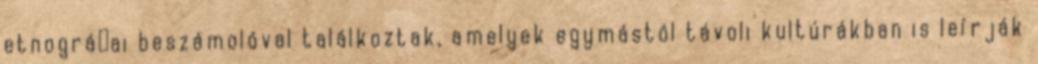
etnográﬁai beszámolóval találkoztak, amelyek egymástól távoli kultúrákban is leírják